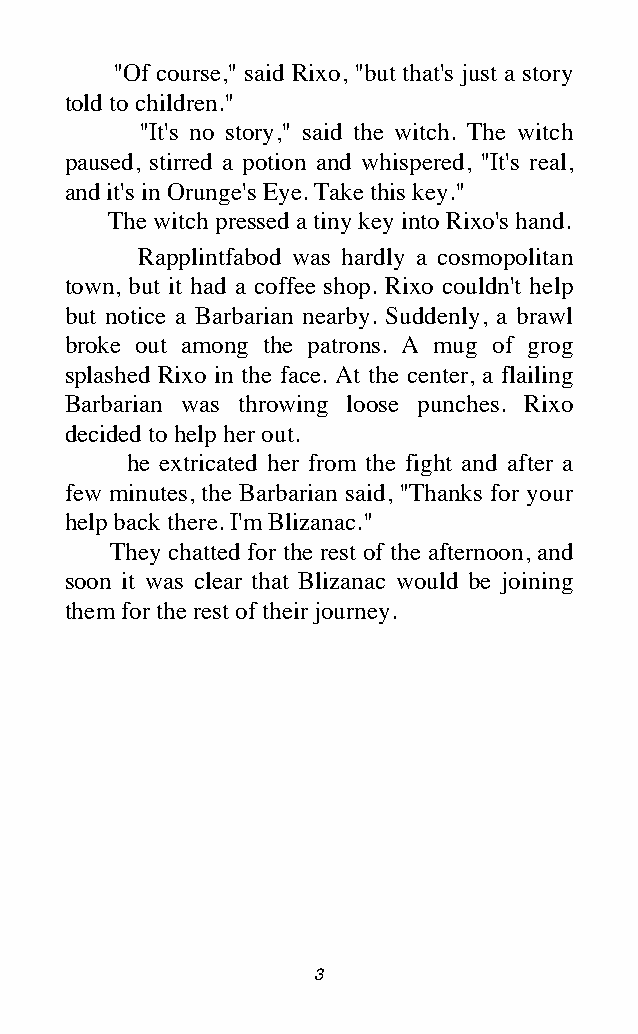
"Of course," said Rixo, "but that's just a story
 told to children."
 "It's no story," said the witch. The witch
 paused, stirred a potion and whispered, "It's real,
 and it's in Orunge's Eye. Take this key."
 The witch pressed a tiny key into Rixo's hand.
 Rapplintfabod was hardly a cosmopolitan
 town, but it had a coffee shop. Rixo couldn't help
 but notice a Barbarian nearby. Suddenly, a brawl
 broke out among the patrons. A mug of grog
 splashed Rixo in the face. At the center, a flailing
 Barbarian was throwing loose punches. Rixo
 decided to help her out.
 he extricated her from the fight and after a
 few minutes, the Barbarian said, "Thanks for your
 help back there. I'm Blizanac."
 They chatted for the rest of the afternoon, and
 soon it was clear that Blizanac would be joining
 them for the rest of their journey.
 3